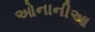
ઓનાનીઆ